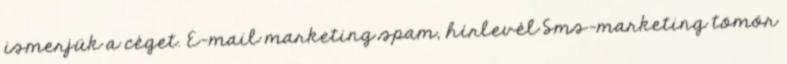
ismerjük a céget. E-mail marketing spam, hírlevél Sms-marketing tömör